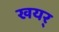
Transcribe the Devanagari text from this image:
खयर्